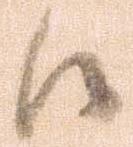
候